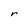
Character: r